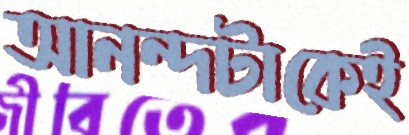
আনন্দটাকেই